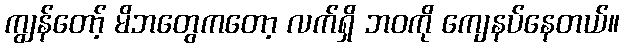
ကျွန်တော့် မိဘတွေကတော့ လက်ရှိ ဘဝကို ကျေနပ်နေတယ်။